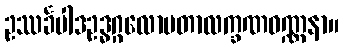
ဥဿင်္ခပါဒဥဒ္ဓဂ္ဂလောမတာလက္ခဏဝဏ္ဏနာ။